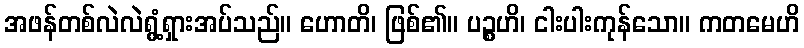
အဖန်တစ်လဲလဲရွံ့ရှားအပ်သည်။ ဟောတိ၊ ဖြစ်၏။ ပဉ္စဟိ၊ ငါးပါးကုန်သော။ ကတမေဟိ